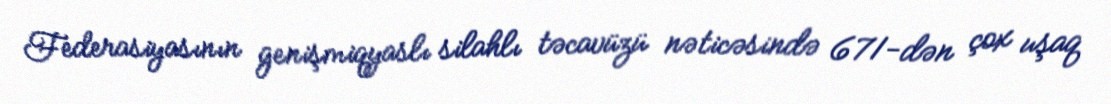
Federasiyasının genişmiqyaslı silahlı təcavüzü nəticəsində 671-dən çox uşaq